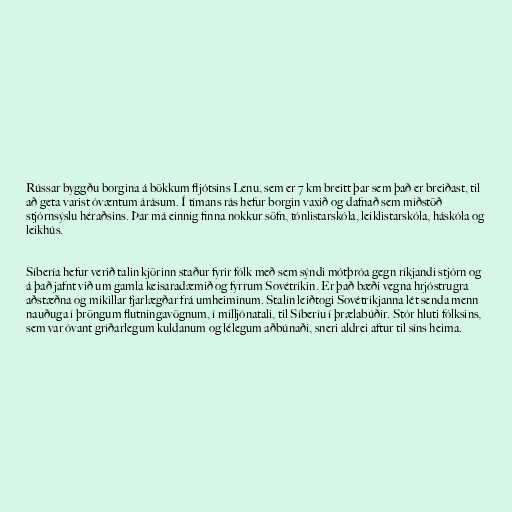
Rússar byggðu borgina á bökkum fljótsins Lenu, sem er 7 km breitt þar sem það er breiðast, til
að geta varist óvæntum árásum. Í tímans rás hefur borgin vaxið og dafnað sem miðstöð
stjórnsýslu héraðsins. Þar má einnig finna nokkur söfn, tónlistarskóla, leiklistarskóla, háskóla og
leikhús.

Síbería hefur verið talin kjörinn staður fyrir fólk með sem sýndi mótþróa gegn ríkjandi stjórn og
á það jafnt við um gamla keisaradæmið og fyrrum Sovétríkin. Er það bæði vegna hrjóstrugra
aðstæðna og mikillar fjarlægðar frá umheiminum. Stalín leiðtogi Sovétríkjanna lét senda menn
nauðuga í þröngum flutningavögnum, í milljónatali, til Síberíu í þrælabúðir. Stór hluti fólksins,
sem var óvant gríðarlegum kuldanum og lélegum aðbúnaði, sneri aldrei aftur til síns heima.